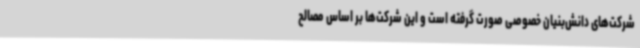
شرکت‌های دانش‌بنیان خصوصی صورت گرفته است و این شرکت‌ها بر اساس مصالح